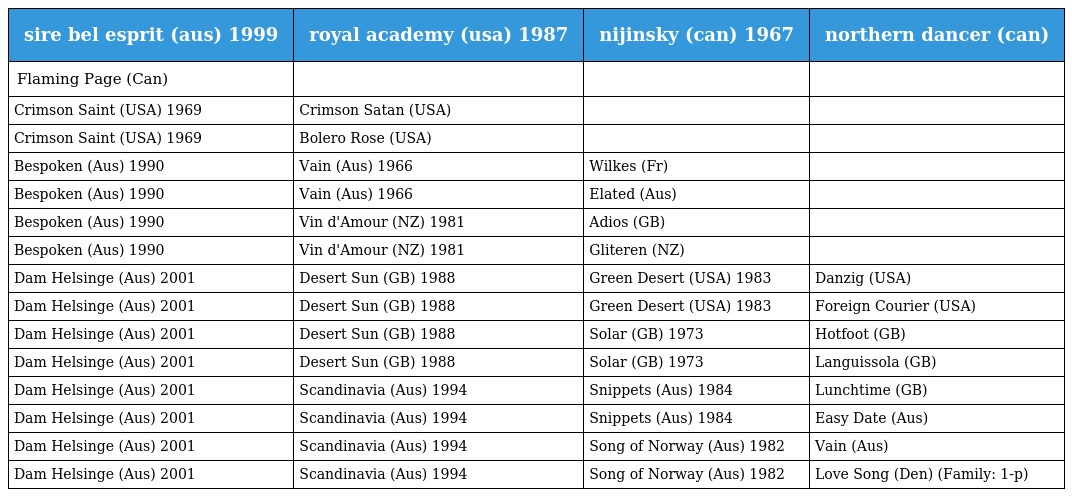
| sire bel esprit (aus) 1999 | royal academy (usa) 1987 | nijinsky (can) 1967 | northern dancer (can) |
 | --- | --- | --- | --- |
 | Flaming Page (Can) |  |  |  |
 | Crimson Saint (USA) 1969 | Crimson Satan (USA) |  |  |
 | Crimson Saint (USA) 1969 | Bolero Rose (USA) |  |  |
 | Bespoken (Aus) 1990 | Vain (Aus) 1966 | Wilkes (Fr) |  |
 | Bespoken (Aus) 1990 | Vain (Aus) 1966 | Elated (Aus) |  |
 | Bespoken (Aus) 1990 | Vin d'Amour (NZ) 1981 | Adios (GB) |  |
 | Bespoken (Aus) 1990 | Vin d'Amour (NZ) 1981 | Gliteren (NZ) |  |
 | Dam Helsinge (Aus) 2001 | Desert Sun (GB) 1988 | Green Desert (USA) 1983 | Danzig (USA) |
 | Dam Helsinge (Aus) 2001 | Desert Sun (GB) 1988 | Green Desert (USA) 1983 | Foreign Courier (USA) |
 | Dam Helsinge (Aus) 2001 | Desert Sun (GB) 1988 | Solar (GB) 1973 | Hotfoot (GB) |
 | Dam Helsinge (Aus) 2001 | Desert Sun (GB) 1988 | Solar (GB) 1973 | Languissola (GB) |
 | Dam Helsinge (Aus) 2001 | Scandinavia (Aus) 1994 | Snippets (Aus) 1984 | Lunchtime (GB) |
 | Dam Helsinge (Aus) 2001 | Scandinavia (Aus) 1994 | Snippets (Aus) 1984 | Easy Date (Aus) |
 | Dam Helsinge (Aus) 2001 | Scandinavia (Aus) 1994 | Song of Norway (Aus) 1982 | Vain (Aus) |
 | Dam Helsinge (Aus) 2001 | Scandinavia (Aus) 1994 | Song of Norway (Aus) 1982 | Love Song (Den) (Family: 1-p) |